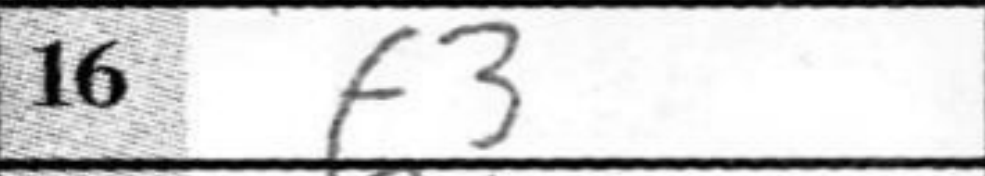
Transcription: f3